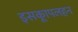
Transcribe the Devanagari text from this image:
इसकाूपलहन